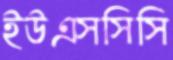
ইউএসসিসি